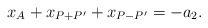
\begin{align*} x_A+x_{P+P'}+x_{P-P'}=-a_2. \end{align*}